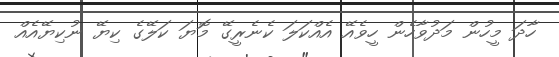
ހާދަ މީހުން މަދުވާހެން ހީވެއޭ އެއްކަލަ ކެނެރީގޭ މޮޔަ ކަލޭގެ ކިޔޭ ނުކިޔޭއެއް